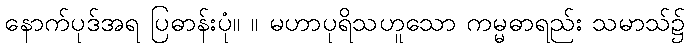
နောက်ပုဒ်အရ ပြဓာန်းပုံ။ ။ မဟာပုရိသဟူသော ကမ္မဓာရည်း သမာသ်၌